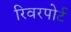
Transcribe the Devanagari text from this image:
रिवरपोर्ट